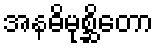
အနဓိမုစ္ဆိတော